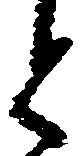
と